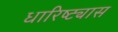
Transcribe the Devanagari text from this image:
धारिष्ट्यास